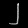
Digit: ၂